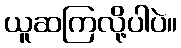
ယူဆကြလို့ပါပဲ။